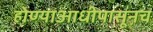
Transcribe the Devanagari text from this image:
होण्याआधीपासूनच